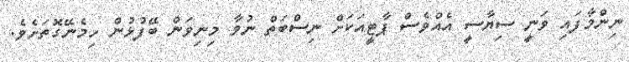
ނިންމާފައި ވަނީ ސިޔާސީ އެއްވެސް ޕާޓީއަކަށް ނިސްބަތް ނުވާ މިނިވަން ބޭފުޅުން ހިމެނޭގޮތަށެވެ.